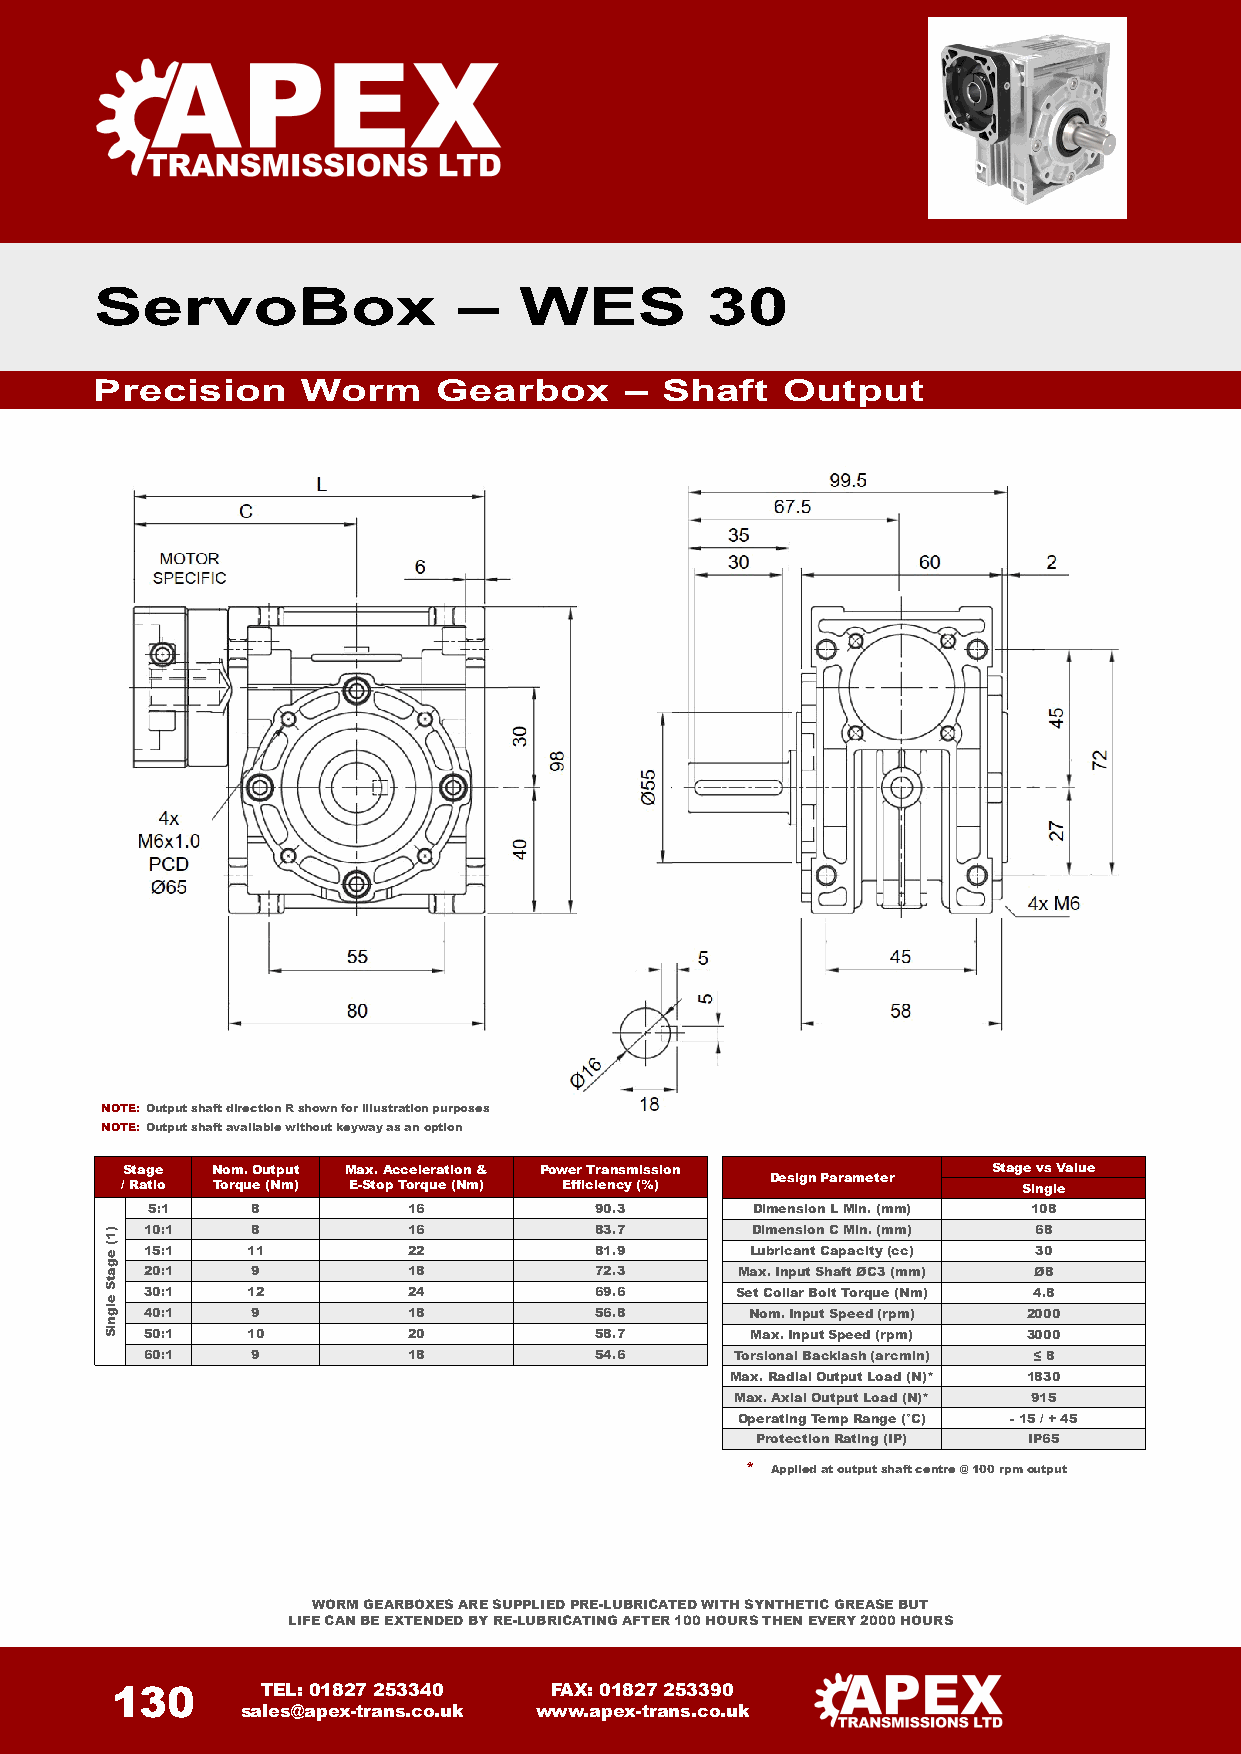
ServoBox                –   WES          30
 Precision     Worm     Gearbox     –  Shaft   Output
 NOTE: Output shaft direction R shown for illustration purposes
 NOTE: Output shaft available without keyway as an option
 Stage Nom.Output Max.Acceleration & Power Transmission    Stage vs Value
 Design Parameter
 / Ratio Torque (Nm) E-Stop Torque (Nm) Efficiency (%)       Single
 5:1    8         16          90.3       Dimension LMin. (mm) 108
 10:1   8         16          83.7       Dimension C Min. (mm) 68
 15:1  11         22          81.9       Lubricant Capacity(cc) 30
 20:1   9         18          72.3      Max. Input Shaft ØC3 (mm) Ø8
 30:1  12         24          69.6      Set Collar Bolt Torque (Nm) 4.8
 40:1   9         18          56.8       Nom. Input Speed(rpm) 2000
 50:1  10         20          58.7       Max.InputSpeed (rpm) 3000
 60:1   9         18          54.6      Torsional Backlash (arcmin) ≤ 8
 Max.Radial Output Load (N)* 1830
 Max. Axial Output Load (N)* 915
 OperatingTempRange (°C) -15 /+ 45
 ProtectionRating (IP) IP65
 * Applied at output shaft centre @ 100 rpm output
 WORM GEARBOXES ARE SUPPLIED PRE-LUBRICATED WITH SYNTHETIC GREASE BUT
 LIFE CAN BE EXTENDED BY RE-LUBRICATING AFTER 100 HOURS THEN EVERY 2000 HOURS
 130       TEL: 01827 253340  FAX: 01827 253390
 sales@apex-trans.co.uk www.apex-trans.co.uk
 )1(
 egatS
 elgniS